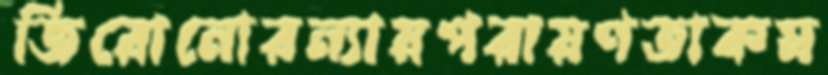
জিরোনোরন্যায়পরায়ণতাকম